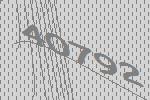
40792